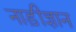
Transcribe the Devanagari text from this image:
नाड़ीज्ञान